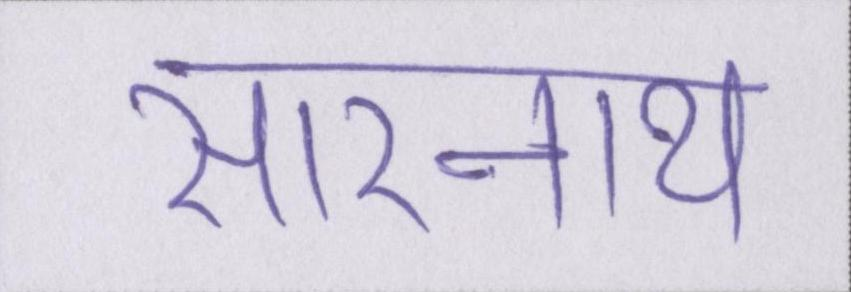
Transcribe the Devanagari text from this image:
सारनाथ